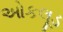
ઓકલૂડ